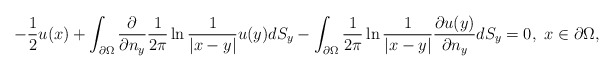
\begin{align*}-\frac{1}{2}u(x)+\int_{\partial\Omega}\frac{\partial}{\partial n_{y}}\frac{1}{2\pi}\ln\frac{1}{|x-y|}u(y)d S_{y}-\int_{\partial\Omega}\frac{1}{2\pi}\ln\frac{1}{|x-y|}\frac{\partial u(y)}{\partial n_{y}}d S_{y}=0,\,\,x\in\partial\Omega,\end{align*}